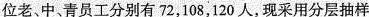
位老、中、青员工分别有72，108，120人，现采用分层抽样